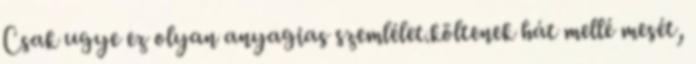
Csak ugye ez olyan anyagias szemlélet.költenek hát mellé mesét,